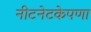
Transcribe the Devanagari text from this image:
नीटनेटकेपणा